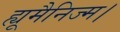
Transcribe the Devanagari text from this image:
ह्यूमैनिज्म।